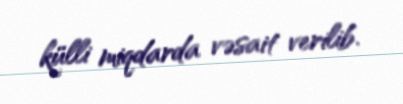
külli miqdarda vəsait verilib.